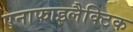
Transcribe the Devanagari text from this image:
एनाफाइलैक्टिक